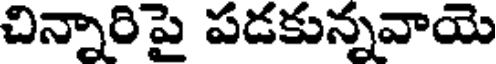
చిన్నారిపై పడకున్నవాయె